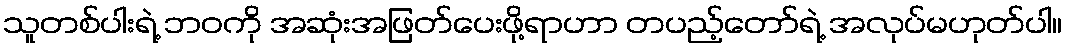
သူတစ်ပါးရဲ့ ဘဝကို အဆုံးအဖြတ်ပေးဖို့ရာဟာ တပည့်တော်ရဲ့ အလုပ်မဟုတ်ပါ။